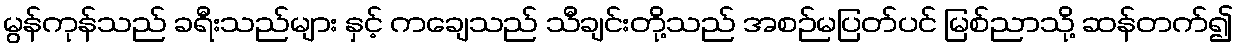
မွန်ကုန်သည် ခရီးသည်များ နှင့် ကချေသည် သီချင်းတို့သည် အစဉ်မပြတ်ပင် မြစ်ညာသို့ ဆန်တက်၍